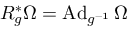
R _ { g } ^ { * } \Omega = \operatorname { A d } _ { g ^ { - 1 } } \Omega